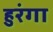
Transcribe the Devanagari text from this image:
हुरंगा